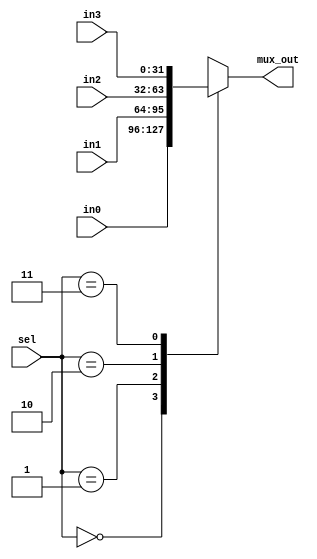
module Mux4 #(parameter DWIDTH=32)
 (
	input		[DWIDTH-1:0]	in0,
	input		[DWIDTH-1:0]	in1,
	input		[DWIDTH-1:0]	in2,
	input		[DWIDTH-1:0]	in3,
	input		[1:0]		sel,
	output	reg	[DWIDTH-1:0]	mux_out
 );
always@*
	case(sel)
		2'b00: mux_out = in0;
		2'b01: mux_out = in1;
		2'b10: mux_out = in2;
		2'b11: mux_out = in3;
		default: mux_out = in0;	
	endcase
endmodule